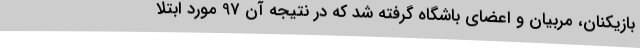
بازیکنان، مربیان و اعضای باشگاه گرفته شد که در نتیجه آن 97 مورد ابتلا